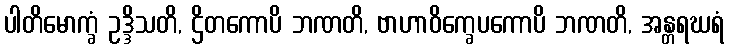
ပါတိမောက္ခံ ဥဒ္ဒိသတိ, ဌိတကောပိ ဘဏတိ, ဗာဟာဝိက္ခေပကောပိ ဘဏတိ, အန္တရဃရံ